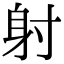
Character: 射